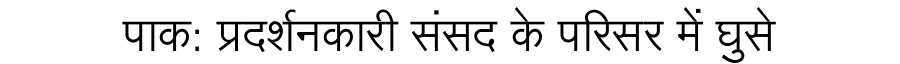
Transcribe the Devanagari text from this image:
पाक: प्रदर्शनकारी संसद के परिसर में घुसे